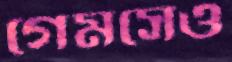
গেমসেও